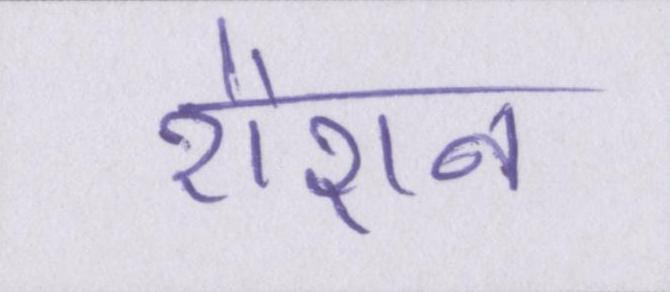
रौशन